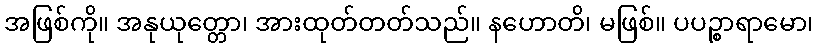
အဖြစ်ကို။ အနုယုတ္တော၊ အားထုတ်တတ်သည်။ နဟောတိ၊ မဖြစ်။ ပပဉ္စာရာမော၊